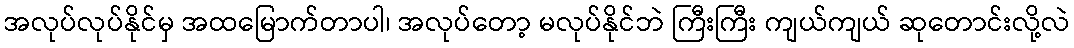
အလုပ်လုပ်နိုင်မှ အထမြောက်တာပါ၊ အလုပ်တော့ မလုပ်နိုင်ဘဲ ကြီးကြီး ကျယ်ကျယ် ဆုတောင်းလို့လဲ